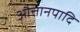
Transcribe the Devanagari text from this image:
औत्तानपादि